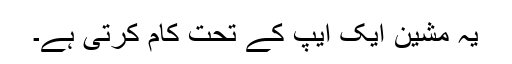
یہ مشین ایک ایپ کے تحت کام کرتی ہے۔